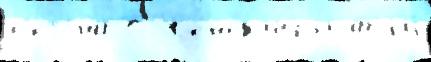
с'езо́на С Же́нск'ий статьи́